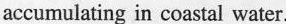
accumulating in coastal water